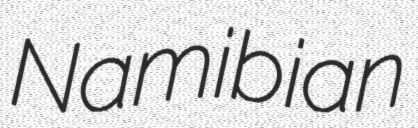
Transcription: Namibian